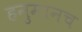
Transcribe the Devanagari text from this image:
हनुमानच